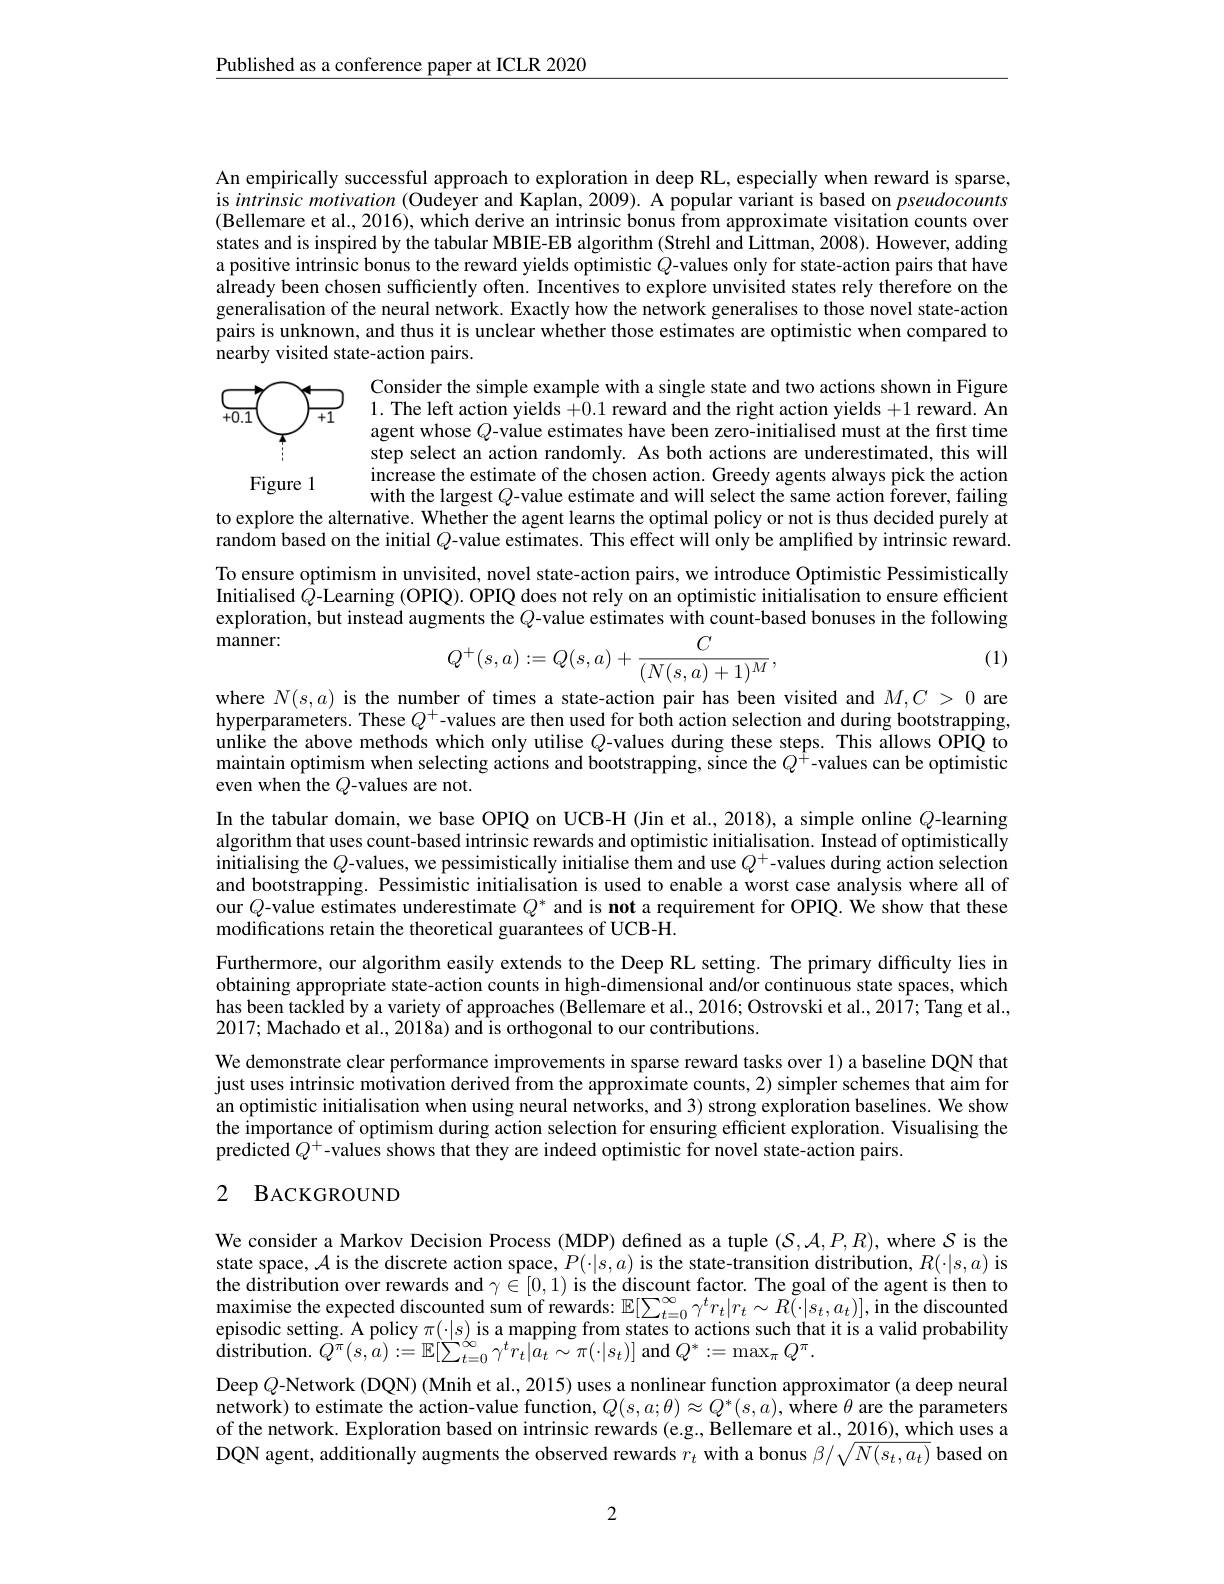
$\underline{\text{Published as a conference paper at ICLR 2020}}$

An empirically successful approach to exploration in deep RL, especially when reward is sparse, is intrinsic motivation (Oudeyer and Kaplan, 2009). A popular variant is based on pseudocounts (Bellemare et al., 2016), which derive an intrinsic bonus from approximate visitation counts over states and is inspired by the tabular MBIE-EB algorithm (Strehl and Littman, 2008). However, adding a positive intrinsic bonus to the reward yields optimistic $Q$-values only for state-action pairs that have already been chosen sufficiently often. Incentives to explore unvisited states rely therefore on the generalisation of the neural network. Exactly how the network generalises to those novel state-action pairs is unknown, and thus it is unclear whether those estimates are optimistic when compared to nearby visited state- action pairs.

Consider the simple example with a single state and two actions shown in Figure 1. The left action yields +0.1 reward and the right action yields +1 reward. An
<FigureHere>
agent whose $Q$-value estimates have been zero-initialised must at the first time step select an action randomly. As both actions are underestimated, this will increase the estimate of the chosen action. Greedy agents always pick the action
Figure 1
with the largest $Q$-value estimate and will select the same action forever, failing
to explore the alternative. Whether the agent learns the optimal policy or not is thus decided purely at random based on the initial $Q$-value estimates. This effect will only be amplified by intrinsic reward To ensure optimism in unvisited, novel state-action pairs, we introduce Optimistic Pessimistically Initialised $Q$-Learning (OPIQ). OPIQ does not rely on an optimistic initialisation to ensure efficient exploration, but instead augments the $Q$-value estimates with count-based bonuses in the following

manner:

(1)
$$Q^+(s,a):=Q(s,a)+\frac{C}{(N(s,a)+1)^M},$$
where $N(s,a)$ is the number of times a state-action pair has been visited and $M,C>0$ are hyperparameters. These $Q^+$-values are then used for both action selection and during bootstrapping, unlike the above methods which only utilise $Q$-values during these steps. This allows OPIQ to maintain optimism when selecting actions and bootstrapping, šince the $Q^{\hat{+}}$-values can be optimistic even when the $Q$-values are not.
In the tabular domain, we base OPIQ on UCB-H (Jin et al., 2018), a simple online $Q$-learning algorithm that uses count-based intrinsic rewards and optimistic initialisation. Instead of optimistically initialising the $Q$-values, we pessimistically initialise them and use $Q^+$-values during action selection and bootstrapping. Pessimistic initialisation is used to enable a worst case analysis where all of our $Q$-value estimates underestimate $Q^*$ and is not a requirement for OPIQ. We show that these modifications retain the theoretical guarantees of UCB-H.
Furthermore, our algorithm easily extends to the Deep RL setting. The primary difficulty lies in obtaining appropriate state-action counts in high-dimensional and/or continuous state spaces, which has been tackled by a variety of approaches (Bellemare et al., 2016; Ostrovski et al., 2017; Tang et al., 2017; Machado et al., 2018a) and is orthogonal to our contributions.
We demonstrate clear performance improvements in sparse reward tasks over 1) a baseline DQN that just uses intrinsic motivation derived from the approximate counts, 2) simpler schemes that aim for an optimistic initialisation when using neural networks, and 3) strong exploration baselines. We show the importance of optimism during action selection for ensuring efficient exploration. Visualising the predicted $Q^+$-values shows that they are indeed optimistic for novel state-action pairs.

## 2 BACKGROUND

We consider a Markov Decision Process (MDP) defined as a tuple $(\mathcal{S},\mathcal{A},P,R)$, where $\mathcal{S}$ is the state space, $\mathcal{A}$ is the discrete action space, $P(\cdot|s,a)$ is the state-transition distribution, $R(\cdot|s,a)$ is the distribution over rewards and $\gamma \in [ 0, 1) \textbf{ is the discount factor. The goal of the agent is then to}$ maximise the expected discounted sum of rewards: $\mathbb{E}[\sum_{t=0}^{\infty}\gamma^{t}r_{t}|r_{t}\sim R(\cdot|s_{t},a_{t})]$,in the discounted episodic setting. A policy $\pi(\cdot|s)$ is a mapping from states to actions such that it is a valid probabilityepisodic setting. A policy $\pi ( \cdot | s)$ is a mapping from states to actions such that it is a valid probability distribution. $Q^{\pi }( s, a) : = \mathbb{E} [$ Deep $Q$-Network (DQN) (Mnih et al., 2015) uses a nonlinear function approximator (a deep neural network) to estimate the action-value function, $Q(s,a;\theta)\approx Q^{*}(s,a),\hat{\text{where }\theta}$ are the parameters of the network. Exploration based on intrinsic rewards (e.g., Bellemare et al., 2016), which uses a DQN agent, additionally augments the observed rewards $r_t$ with a bonus $\beta/\sqrt{N(s_t,a_t)}$ based on

2